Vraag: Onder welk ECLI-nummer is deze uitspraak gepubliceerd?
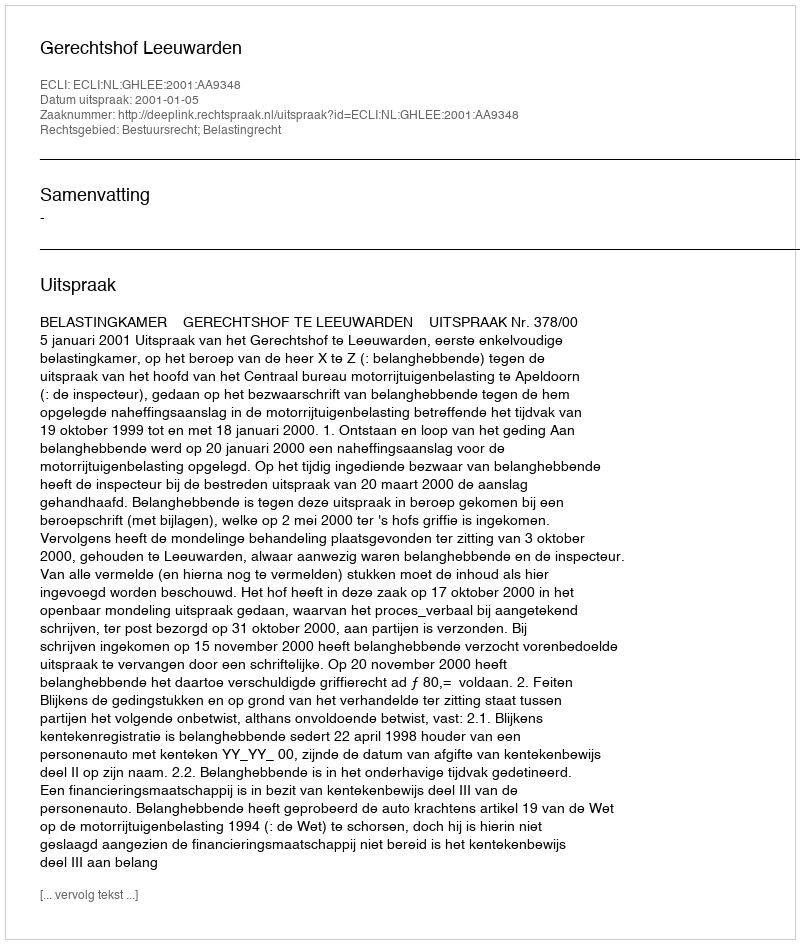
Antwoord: ECLI:NL:GHLEE:2001:AA9348